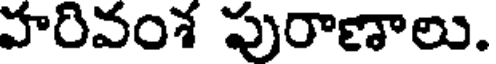
హరివంశ పురాణాలు.